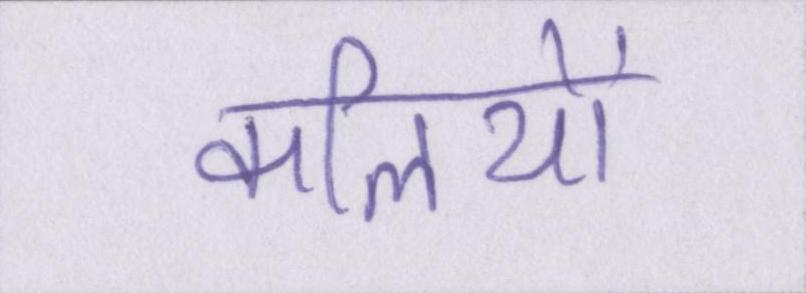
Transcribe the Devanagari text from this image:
कलियों